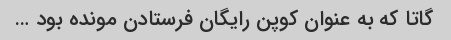
گاتا که به عنوان کوپن رایگان فرستادن مونده بود …